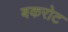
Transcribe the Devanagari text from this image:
बकरोट